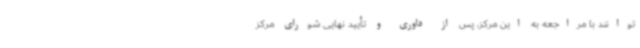
توانند با مراجعه به این مرکز، پس از داوری و تأیید نهایی شورای مرکز